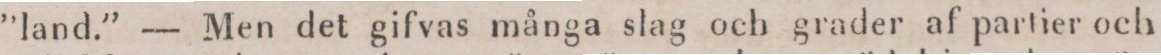
”land.” — Men det gifvas många slag och grader af partier och